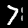
Digit: 7